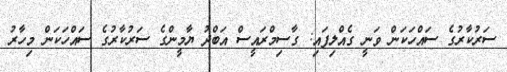
ސަރުކާރުގެ ސައްހަކަން ވަނީ ގެއްލިފައި: ގާސިމްރައީސް އަބްދު ޔާމީންގެ ސަރުކާރުގެ ސައްހަކަން މިހާރު